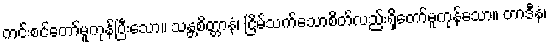
ကင်းစင်တော်မူကုန်ပြီးသော။ သန္တစိတ္တာနံ၊ ငြိမ်သက်သောစိတ်လည်းရှိတော်မူကုန်သော။ တာဒီနံ၊